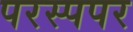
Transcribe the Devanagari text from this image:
परस्पपर